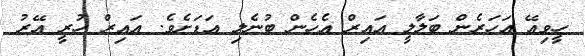
ހީވިއޭ އަހަރެން ބަލާލީ އައިރް އެހެން ބުނެލި އަޑަށެވެ. އައިރް ހުރީ އޭރު